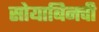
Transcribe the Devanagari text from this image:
सोयाबिनची